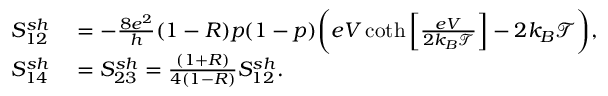
\begin{array} { r l } { S _ { 1 2 } ^ { s h } } & { { } = - \frac { 8 e ^ { 2 } } { h } ( 1 - R ) p ( 1 - p ) \bigg ( e V \coth \left[ \frac { e V } { 2 k _ { B } \mathcal { T } } \right] - 2 k _ { B } \mathcal { T } \bigg ) , } \\ { S _ { 1 4 } ^ { s h } } & { { } = S _ { 2 3 } ^ { s h } = \frac { ( 1 + R ) } { 4 ( 1 - R ) } S _ { 1 2 } ^ { s h } . } \end{array}